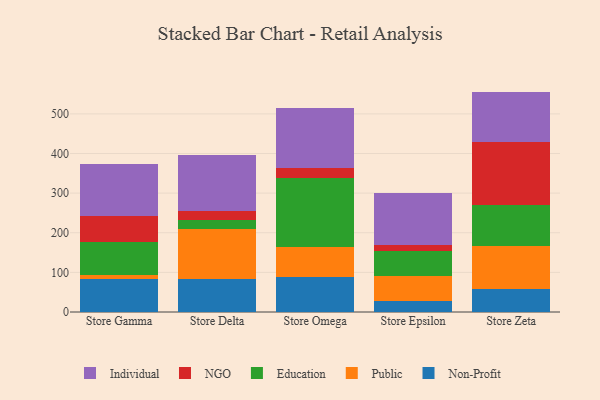
{"axis": {"x": "Store", "y": "Demand Index"}, "legend": ["Education", "Individual", "NGO", "Non-Profit", "Public"], "data": [{"x": "Store Gamma", "y": 82.5, "type": "Non-Profit"}, {"x": "Store Gamma", "y": 11.3, "type": "Public"}, {"x": "Store Gamma", "y": 83.3, "type": "Education"}, {"x": "Store Gamma", "y": 66.1, "type": "NGO"}, {"x": "Store Gamma", "y": 129.7, "type": "Individual"}, {"x": "Store Delta", "y": 83.0, "type": "Non-Profit"}, {"x": "Store Delta", "y": 126.3, "type": "Public"}, {"x": "Store Delta", "y": 21.7, "type": "Education"}, {"x": "Store Delta", "y": 24.1, "type": "NGO"}, {"x": "Store Delta", "y": 140.7, "type": "Individual"}, {"x": "Store Omega", "y": 88.2, "type": "Non-Profit"}, {"x": "Store Omega", "y": 75.5, "type": "Public"}, {"x": "Store Omega", "y": 174.1, "type": "Education"}, {"x": "Store Omega", "y": 26.8, "type": "NGO"}, {"x": "Store Omega", "y": 150.2, "type": "Individual"}, {"x": "Store Epsilon", "y": 28.1, "type": "Non-Profit"}, {"x": "Store Epsilon", "y": 63.0, "type": "Public"}, {"x": "Store Epsilon", "y": 61.9, "type": "Education"}, {"x": "Store Epsilon", "y": 15.1, "type": "NGO"}, {"x": "Store Epsilon", "y": 131.4, "type": "Individual"}, {"x": "Store Zeta", "y": 58.2, "type": "Non-Profit"}, {"x": "Store Zeta", "y": 107.7, "type": "Public"}, {"x": "Store Zeta", "y": 104.6, "type": "Education"}, {"x": "Store Zeta", "y": 157.7, "type": "NGO"}, {"x": "Store Zeta", "y": 128.1, "type": "Individual"}]}